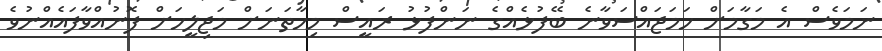
ނަމަވެސް އެ މަގާމަށް ހަމަޖައްސަވާނެ ބޭފުޅެއްގެ ނަންފުޅު ރައީސް މިހާތަނަށް މަޖިލީހަށް ފޮނުއްވާފައެއްނުވެ